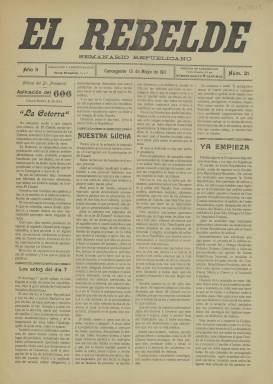
Título: El Rebelde (Carcagente)
Colección: Periódicos
Ámbito geográfico: Valencia
Lugar de publicación: Carcagente [Valencia]
Fechas: 13/05/1911-13/05/1911